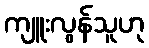
ကျူးလွန်သူဟု